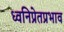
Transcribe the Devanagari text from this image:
ध्वनिप्रेतप्रभाव